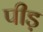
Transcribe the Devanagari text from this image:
पीड़